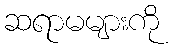
ဆရာမများကို